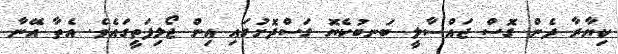
ކިޔާރާ ދެން ގޮސް ޖައްސާލީ ބަނބުކެޔޮ ގަސްދޮށުގައި އިން ޖޯލިފަތީގައެވެ. އެތާ އޭނާ